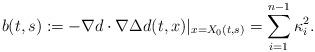
LaTeX: \begin{align*}b(t,s):=-\nabla d\cdot \nabla \Delta d(t,x)|_{x=X_0(t,s)}=\sum_{i=1}^{n-1}\kappa_i^2.\end{align*}